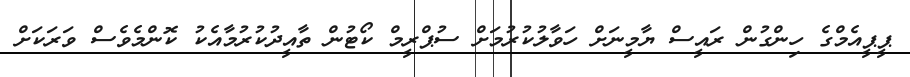
ޕީޕީއެމްގެ ހިންގުން ރައީސް ޔާމީނަށް ހަވާލުކުރުމަށް ސުޕްރީމް ކޯޓުން ތާއީދުކުރުމާއެކު ކޮންމެވެސް ވަރަކަށް